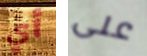
أي على